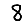
Digit: 8